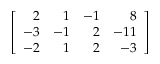
\left[ { \begin{array} { r r r r } { 2 } & { 1 } & { - 1 } & { 8 } \\ { - 3 } & { - 1 } & { 2 } & { - 1 1 } \\ { - 2 } & { 1 } & { 2 } & { - 3 } \end{array} } \right]